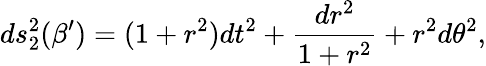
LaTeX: ds_{2}^{2}(\beta^{\prime})=(1+r^{2})dt^{2}+\frac{dr^{2}}{1+r^{2}}+r^{2}d\theta^{2},